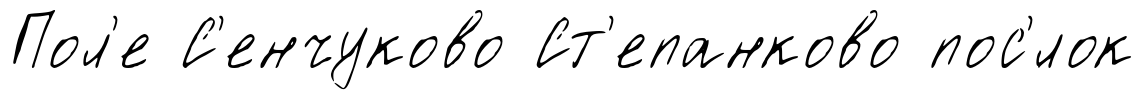
Пол'е С'енчуково Ст'епанково пос'́лок